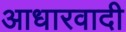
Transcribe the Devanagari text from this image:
आधारवादी